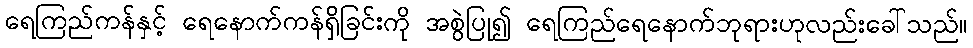
ရေကြည်ကန်နှင့် ရေနောက်ကန်ရှိခြင်းကို အစွဲပြု၍ ရေကြည်ရေနောက်ဘုရားဟုလည်းခေါ်သည်။